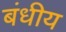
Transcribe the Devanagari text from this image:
बंधीय